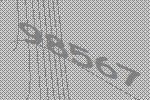
98567